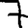
Digit: 7